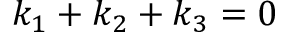
k _ { 1 } + k _ { 2 } + k _ { 3 } = 0